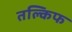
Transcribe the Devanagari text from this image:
तल्किफ